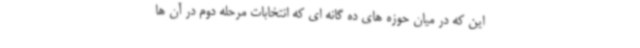
این که در میان حوزه های ده گانه ای که انتخابات مرحله دوم در آن ها